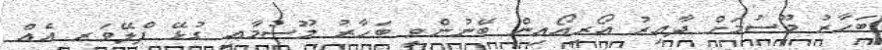
ބަހާރު މޫސުމަށް ދާއިރު އޯރިއޯއިން ބޭނުންވީ ބަހާރު މޫސުމާއި ގުޅޭ ފްލޭވަރ އެއް